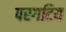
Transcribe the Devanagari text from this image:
परगटिय